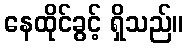
နေထိုင်ခွင့် ရှိသည်။